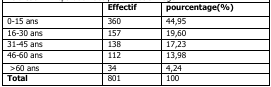
<table><thead><tr><td></td><td><b>Effectif</b></td><td><b>pourcentage(%)</b></td></tr></thead><tbody><tr><td>0-15 ans</td><td>360</td><td>44,95</td></tr><tr><td>16-30 ans</td><td>157</td><td>19,60</td></tr><tr><td>31-45 ans</td><td>138</td><td>17,23</td></tr><tr><td>46-60 ans</td><td>112</td><td>13,98</td></tr><tr><td>&gt;60 ans</td><td>34</td><td>4,24</td></tr><tr><td><b>Total</b></td><td>801</td><td>100</td></tr></tbody></table>